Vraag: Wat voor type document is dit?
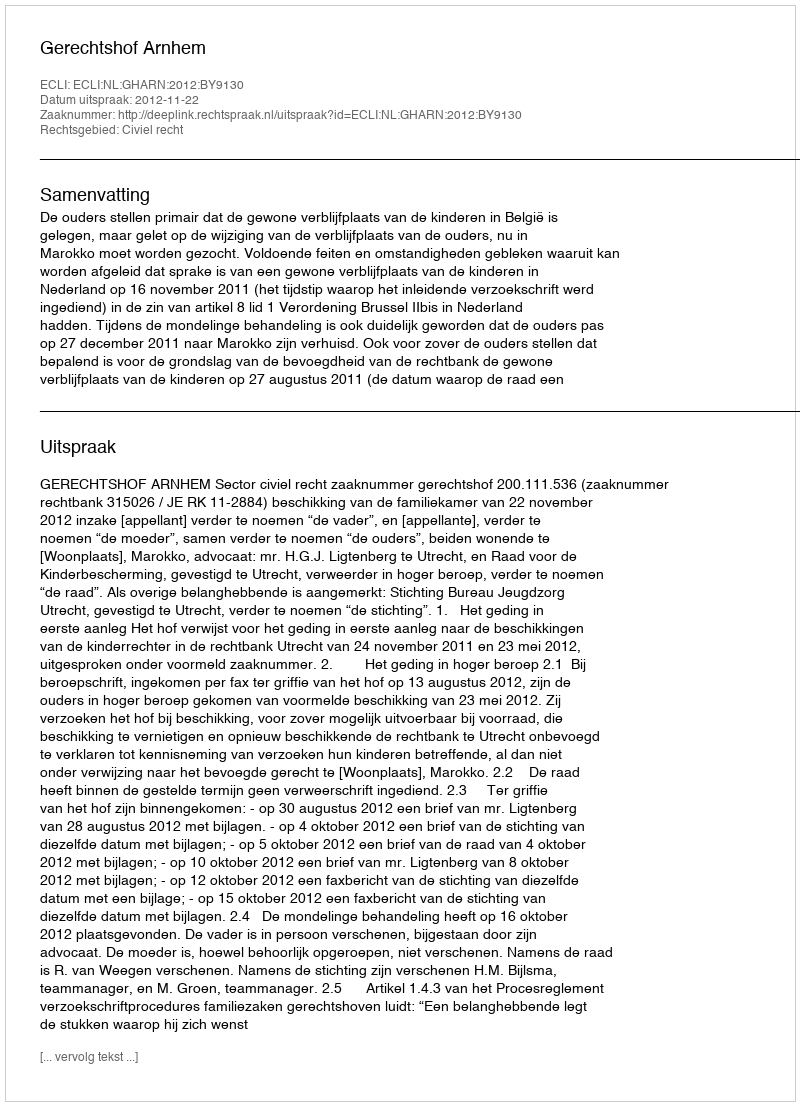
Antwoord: Uitspraak